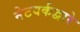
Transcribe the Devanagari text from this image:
नेटवर्कद्वारे